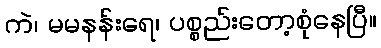
ကဲ၊ မမနန်းရေ၊ ပစ္စည်းတော့စုံနေပြီ။